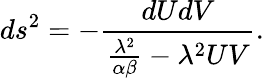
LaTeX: ds^{2}=-\frac{dUdV}{\frac{\lambda^{2}}{\alpha\beta}-{\lambda^{2}}UV}.